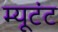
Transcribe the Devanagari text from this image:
म्यूटंट